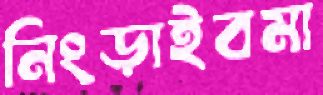
নিংড়াইবমা